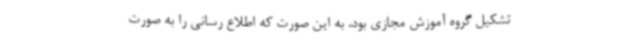
تشکیل گروه آموزش مجازی بود، به این صورت که اطلاع رسانی را به صورت